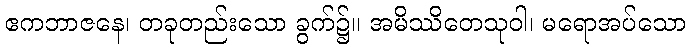
ဧကဘာဇနေ၊ တခုတည်းသော ခွက်၌။ အမိဿိတေသုဝါ၊ မရောအပ်သော